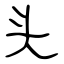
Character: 头